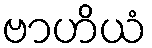
ဗာဟိယံ